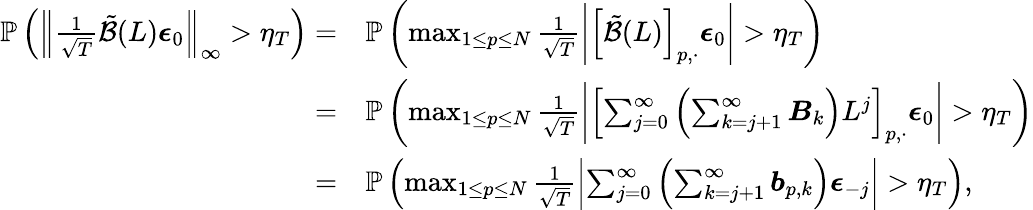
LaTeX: \begin{array}{rl}{\mathbb{P}\left(\left\lVert\frac{1}{\sqrt{T}}\tilde{\mathcal{B}}(L)\boldsymbol{\epsilon}_{0}\right\rVert_{\infty}>\eta_{T}\right)=}&{\mathbb{P}\left(\operatorname*{max}_{1\leq p\leq N}\frac{1}{\sqrt{T}}\left\lvert\left[\tilde{\mathcal{B}}(L)\right]_{p,\cdot}\boldsymbol{\epsilon}_{0}\right\rvert>\eta_{T}\right)}\\ {=}&{\mathbb{P}\left(\operatorname*{max}_{1\leq p\leq N}\frac{1}{\sqrt{T}}\left\lvert\left[\sum_{j=0}^{\infty}\left(\sum_{k=j+1}^{\infty}\boldsymbol{B}_{k}\right)L^{j}\right]_{p,\cdot}\boldsymbol{\epsilon}_{0}\right\rvert>\eta_{T}\right)}\\ {=}&{\mathbb{P}\left(\operatorname*{max}_{1\leq p\leq N}\frac{1}{\sqrt{T}}\left\lvert\sum_{j=0}^{\infty}\left(\sum_{k=j+1}^{\infty}\boldsymbol{b}_{p,k}\right)\boldsymbol{\epsilon}_{-j}\right\rvert>\eta_{T}\right),}\end{array}